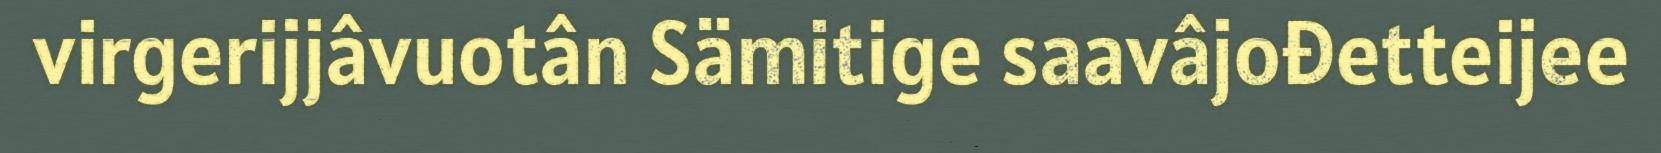
virgerijjâvuotân Sämitige saavâjođetteijee